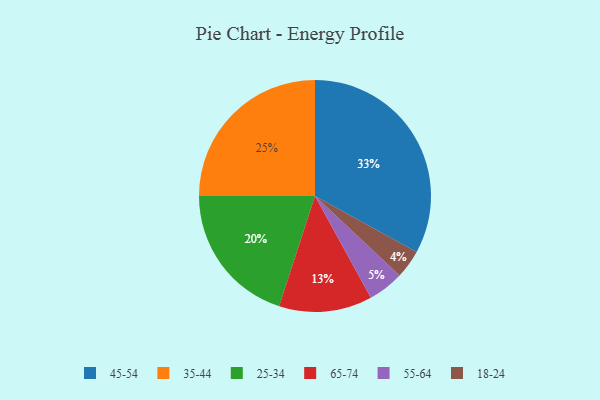
{"axis": {"x": "Category", "y": "Percentage"}, "legend": ["18-24", "25-34", "35-44", "45-54", "55-64", "65-74"], "data": [{"x": "45-54", "y": 33, "type": "45-54"}, {"x": "55-64", "y": 5, "type": "55-64"}, {"x": "25-34", "y": 20, "type": "25-34"}, {"x": "18-24", "y": 4, "type": "18-24"}, {"x": "35-44", "y": 25, "type": "35-44"}, {"x": "65-74", "y": 13, "type": "65-74"}]}